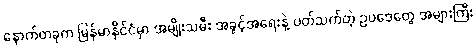
နောက်တခုက မြန်မာနိုင်ငံမှာ အမျိုးသမီး အခွင့်အရေးနဲ့ ပတ်သက်တဲ့ ဥပဒေတွေ အများကြီး